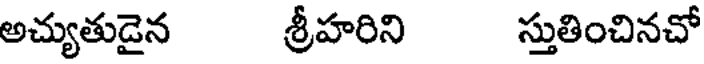
అచ్యుతుడైన శ్రీహరిని స్తుతించినచో